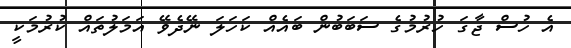
އެ ހުސް ޖާގަ ހުރުމުގެ ސަބަބުން ބައެއް ކަހަލަ ނޭދެވޭ އަމަލުތައް ކުރުމަކީ